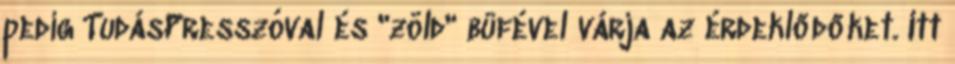
pedig TudásPresszóval és "zöld" büfével várja az érdeklődőket. Itt